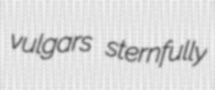
vulgars sternfully